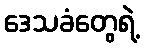
ဒေသခံတွေရဲ့